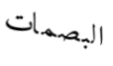
البصمات